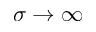
\sigma \to \infty